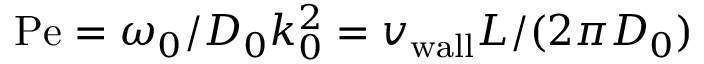
\mathrm { P e } = \omega _ { 0 } / D _ { 0 } k _ { 0 } ^ { 2 } = v _ { \mathrm { w a l l } } L / ( 2 \pi D _ { 0 } )